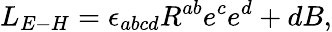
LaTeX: L_{E-H}=\epsilon_{abcd}R^{ab}e^{c}e^{d}+dB,